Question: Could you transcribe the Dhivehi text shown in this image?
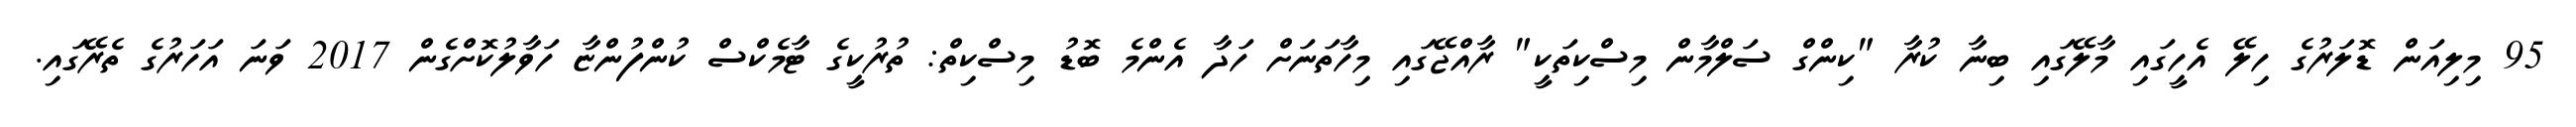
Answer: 95 މިލިއަން ޑޮލަރުގެ ހިލޭ އެހީގައި މާލޭގައި ބިނާ ކުރާ "ކިންގް ސަލްމާން މިސްކިތަކީ" ރާއްޖޭގައި މިހާތަނަށް ހަދާ އެންމެ ބޮޑު މިސްކިތް: ތުރުކީގެ ޓާމެކްސް ކުންފުންޏާ ހަވާލުކޮށްގެން 2017 ވަނަ އަހަރުގެ ތެރޭގައި.